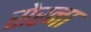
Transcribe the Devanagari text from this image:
सेरना